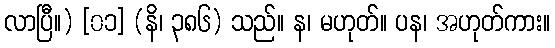
လာပြီ။) [၀၁] (နိ၊ ၃၈၆) သည်။ န၊ မဟုတ်။ ပန၊ အဟုတ်ကား။